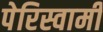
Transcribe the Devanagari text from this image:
पेरिस्वामी